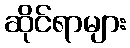
ဆိုင်ရာများ